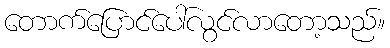
တောက်ပြောင်ပေါ်လွင်လာတော့သည်။